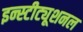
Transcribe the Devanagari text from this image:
इन्स्टीट्यूशनल